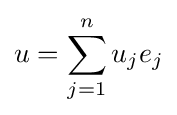
u=\sum _{j=1}^{n}u_{j}e_{j}